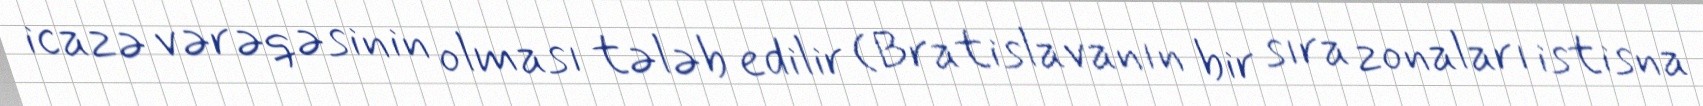
icazə vərəqəsinin olması tələb edilir (Bratislavanın bir sıra zonaları istisna